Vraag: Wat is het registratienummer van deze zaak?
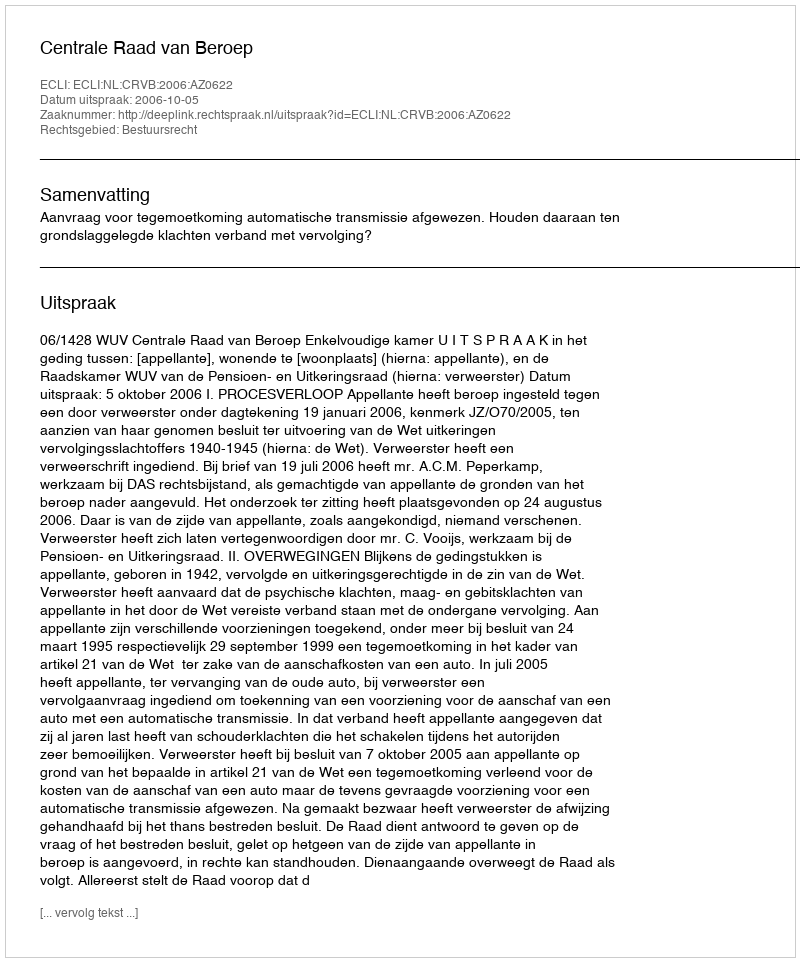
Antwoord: http://deeplink.rechtspraak.nl/uitspraak?id=ECLI:NL:CRVB:2006:AZ0622